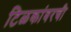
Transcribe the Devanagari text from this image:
टिळकांवरची